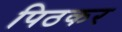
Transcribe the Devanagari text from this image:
पिठकर